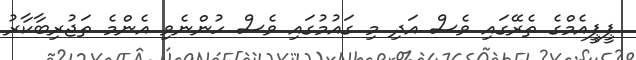
ޕީޕީއެމްގެ ތެރޭގައި ވެސް އަދި މި ގައުމުގައި ވެސް ހުންނެވި އެންމެ ތަޖުރިބާކާރު